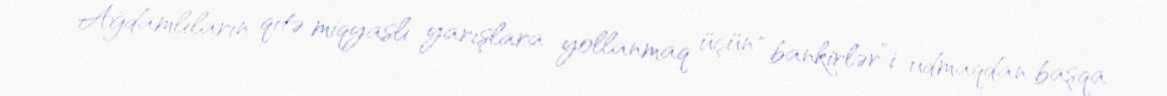
Ağdamlıların qitə miqyaslı yarışlara yollanmaq üçün “bankirlər”i udmaqdan başqa